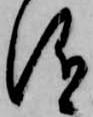
儀